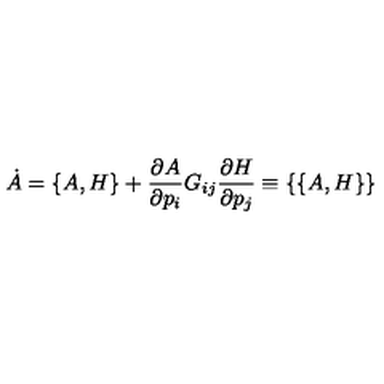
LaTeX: \dot { A } = \{ A , H \} + { \frac { \partial A } { \partial p _ { i } } } G _ { i j } { \frac { \partial H } { \partial p _ { j } } } \equiv \{ \{ A , H \} \}